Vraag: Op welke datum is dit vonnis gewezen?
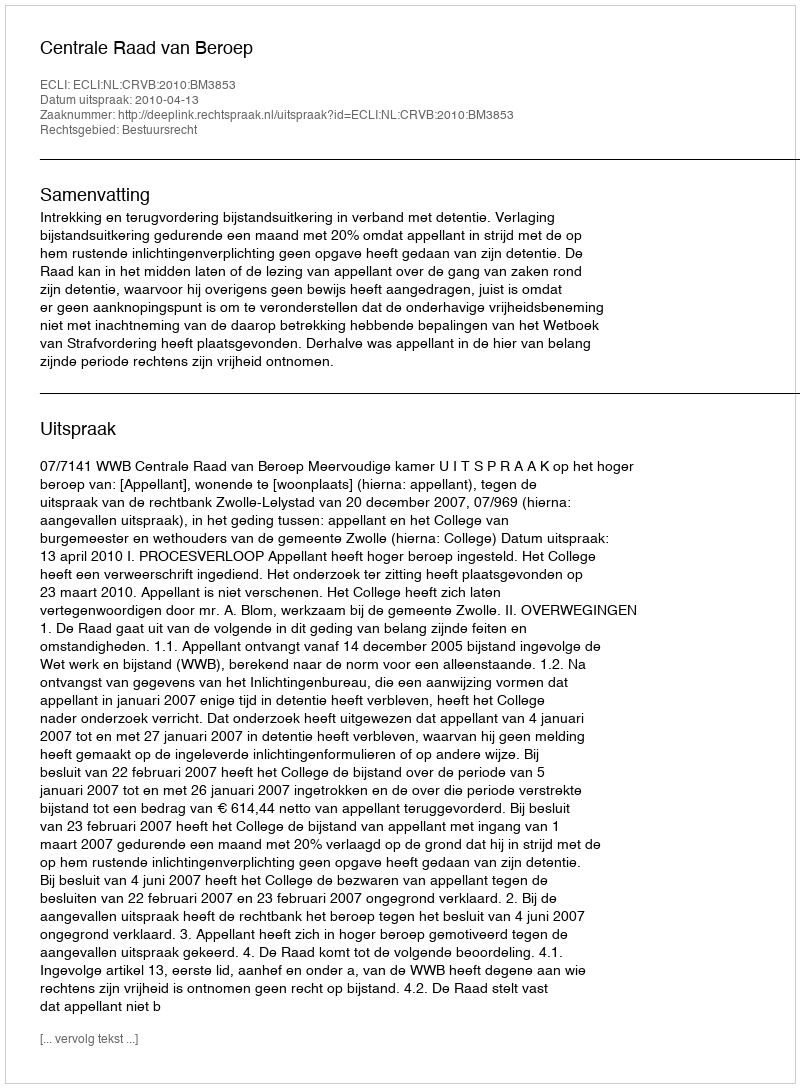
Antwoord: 2010-04-13